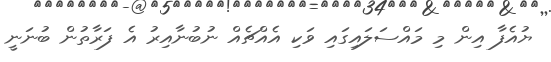
ޔުއެފާ އިން މި މައްސަލައިގައި ވަކި އެއްޗެއް ނުބުނާއިރު އެ ފަރާތުން ބުނަނީ